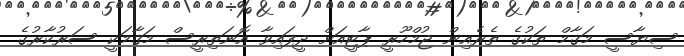
ސިޔާސީ މަޤާމް ތަކުގެ ތެރެއިން ޖުމްހޫރީ ޕާޓީއަށް ދީފައިވާ އޮނަތިރީސް މަޤާމަކީ ސަރުކާރުގެ